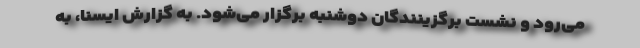
می‌رود و نشست برگزینندگان دوشنبه برگزار می‌شود. به گزارش ایسنا، به